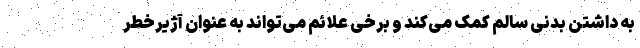
به داشتن بدنی سالم کمک می‌کند و برخی علائم می‌تواند به عنوان آژیرخطر